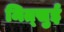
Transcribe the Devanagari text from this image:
मित्‍सुई